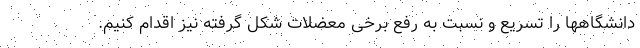
دانشگاهها را تسریع و نسبت به رفع برخی معضلات شکل گرفته نیز اقدام کنیم.